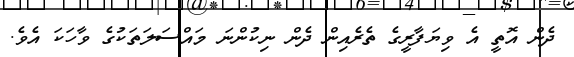
ދެން އޮތީ އެ ވިޔަފާރީގެ ތެރެއިން ދެން ނިކުންނަ މައްސަލަތަކުގެ ވާހަކަ އެވެ.